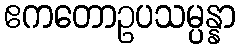
ဧကတောဥပသမ္ပန္နာ